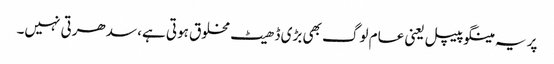
پر یہ مینگو پیپل یعنی عام لوگ بھی بڑی ڈھیٹ مخلوق ہوتی ہے، سدھرتی نہیں۔